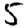
Digit: 5